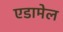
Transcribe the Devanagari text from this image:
एडामेल